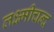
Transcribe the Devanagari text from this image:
लक्ष्मीचन्द